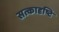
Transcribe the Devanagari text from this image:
सत्कादृष्टि